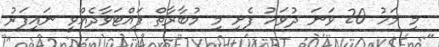
މި މަހު 20 ވަނަ ދުވަހު ފެށި މި މުބާރާތް ފައްޓަވާދެއްވީ ނައިފަރު